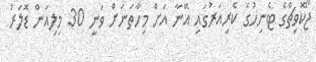
ޖޯކޮވިޗްގެ ޓެނިހުގެ ކެރިއަރުގައި އޭނާ އަށް މިހާތަނަށް ވަނީ 30 މިލިއަން ޑޮލަރު